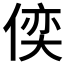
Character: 𠋈